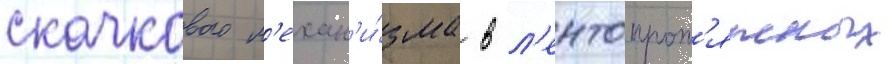
скачкового м'ехан'и́зма в л'ентопрот'яжных